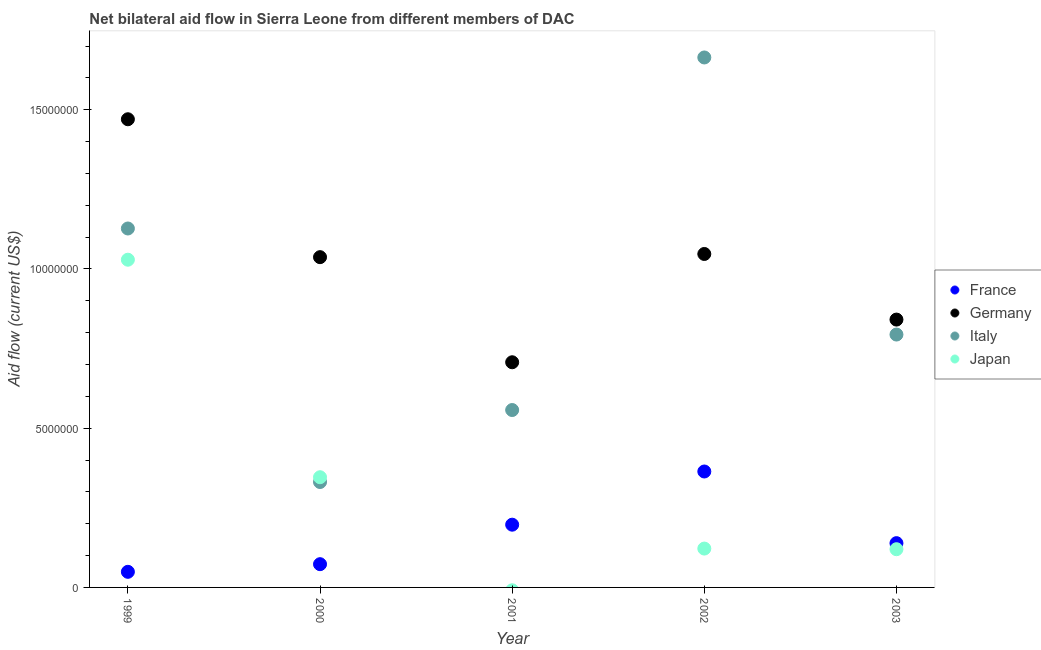
| Year | France | Germany | Italy | Japan |
 | --- | --- | --- | --- | --- |
 | 1999 | 4.9e+05 | 1.47e+07 | 1.13e+07 | 1.03e+07 |
 | 2000 | 7.3e+05 | 1.04e+07 | 3.31e+06 | 3.46e+06 |
 | 2001 | 1.97e+06 | 7.07e+06 | 5.57e+06 | -9e+04 |
 | 2002 | 3.64e+06 | 1.05e+07 | 1.66e+07 | 1.22e+06 |
 | 2003 | 1.39e+06 | 8.41e+06 | 7.94e+06 | 1.2e+06 |